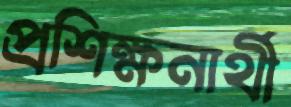
প্রশিক্ষনার্থী